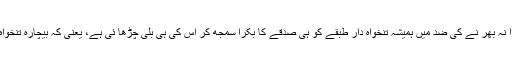
اِس نے قومی خزا نہ بھر نے کی ضد میں ہمیشہ تنخواہ دار طبقے کو ہی صدقے کا بکرا سمجھ کر اِس کی ہی بلی چڑھا ئی ہے، یعنی کہ بیچارہ تنخواہ دار وہ طبقہ ہے۔